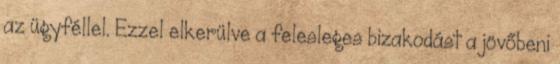
az ügyféllel. Ezzel elkerülve a felesleges bizakodást a jövőbeni